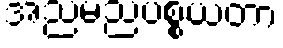
အညမညပစ္စယတာ